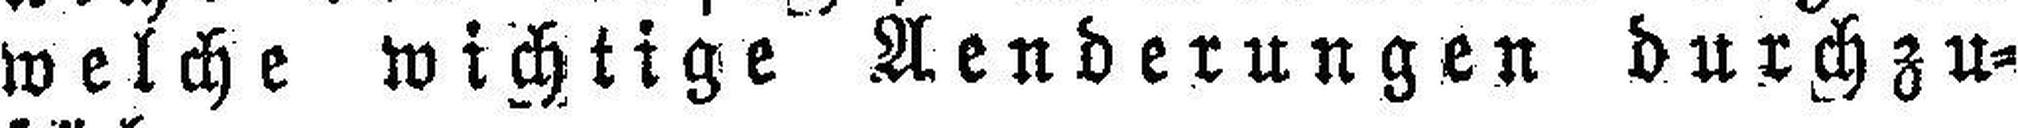
welche wichtige Aenderungen durchzu¬